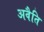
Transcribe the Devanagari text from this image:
अवैति